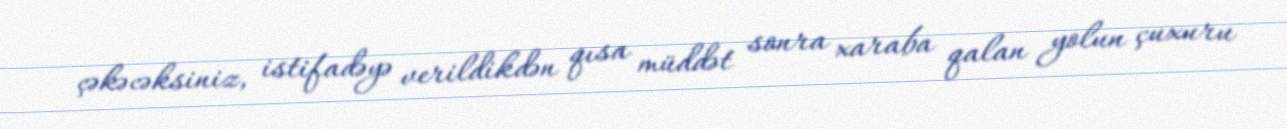
çəkəcəksiniz, istifadəyə verildikdən qısa müddət sonra xaraba qalan yolun çuxuru